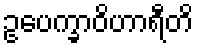
ဥပေက္ခာဝိဟာရီတိ